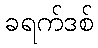
ခရက်ဒစ်